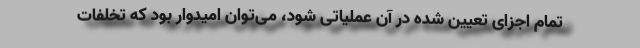
تمام اجزای تعیین شده در آن عملیاتی شود، می‌توان امیدوار بود که تخلفات